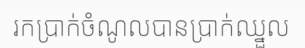
រកប្រាក់ចំណូលបានប្រាក់ឈ្នួល